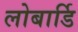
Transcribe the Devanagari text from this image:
लोबार्डि